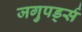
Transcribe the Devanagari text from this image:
जगुपर्ड्स